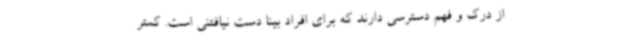
از درک و فهم دسترسی دارند که برای افراد بینا دست نیافتنی است. کمتر